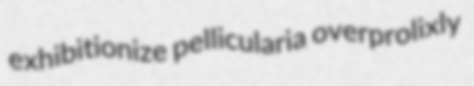
exhibitionize pellicularia overprolixly